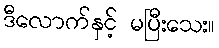
ဒီလောက်နှင့် မပြီးသေး။